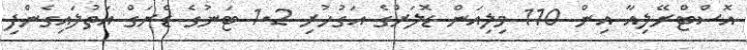
އޮސްޓްރޭލިއާ އިން 110 މިލިއަން ޑޮލަރުގެ އަގުހުރި 1.2 ޓަނުގެ ޑްރަގް އަތުލައިގެންފި